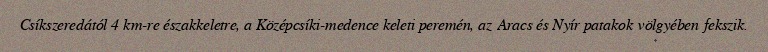
Csíkszeredától 4 km-re északkeletre, a Középcsíki-medence keleti peremén, az Aracs és Nyír patakok völgyében fekszik.